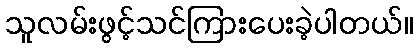
သူလမ်းဖွင့်သင်ကြားပေးခဲ့ပါတယ်။